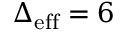
\Delta _ { \mathrm { e f f } } = 6